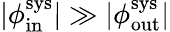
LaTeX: |\phi_{\mathrm{in}}^{\mathrm{sys}}|\gg|\phi_{\mathrm{out}}^{\mathrm{sys}}|